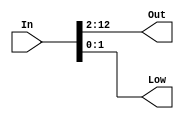
`timescale 1ns / 1ps
//////////////////////////////////////////////////////////////////////////////////
// Company: 
// Engineer: 
// 
// Design Name: 
// Module Name:    RAMAddrTranslator 
// Project Name: 
// Target Devices: 
// Tool versions: 
// Description: 
//
// Dependencies: 
//
// Revision: 
// Revision 0.01 - File Created
// Additional Comments: 
//
//////////////////////////////////////////////////////////////////////////////////
module RAMAddrTranslator(
    input [31:0] In,
    output [10:0] Out,
	 output [1:0] Low
    );
	assign Out = In[12:2];
	assign Low = In[1:0];
endmodule